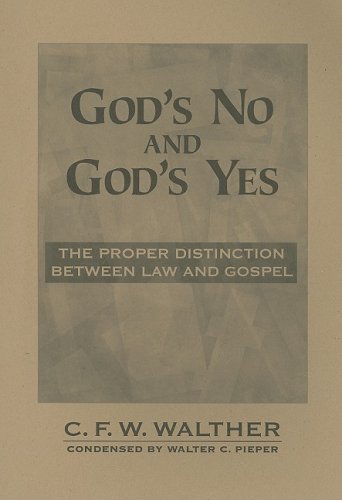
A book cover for God's No and God's Yes: The Proper Distinction Between Law and Gospel; C. F. W.  Walther; Christian Books & Bibles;